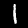
Digit: 1